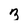
Character: 3